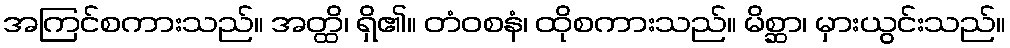
အကြင်စကားသည်။ အတ္ထိ၊ ရှိ၏။ တံဝစနံ၊ ထိုစကားသည်။ မိစ္ဆာ၊ မှားယွင်းသည်။